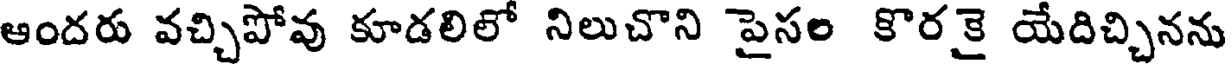
ఆందరు వచ్చిపోవు కూడలిలో నిలుచొని పైసల కొరకై యేదిచ్చినను